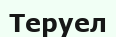
Теруел